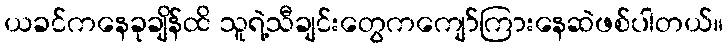
ယခင်ကနေခုချိန်ထိ သူရဲ့သီချင်းတွေကကျော်ကြားနေဆဲဖစ်ပါတယ်။